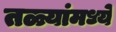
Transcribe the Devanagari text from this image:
तळ्यांमध्ये